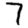
Digit: 7